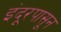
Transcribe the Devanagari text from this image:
इंदूरपासून